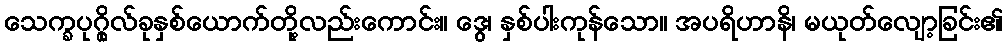
သေက္ခပုဂ္ဂိုလ်ခုနှစ်ယောက်တို့လည်းကောင်း။ ဒွေ၊ နှစ်ပါးကုန်သော။ အပရိဟာနိ၊ မယုတ်လျော့ခြင်း၏